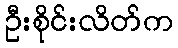
ဦးစိုင်းလိတ်က